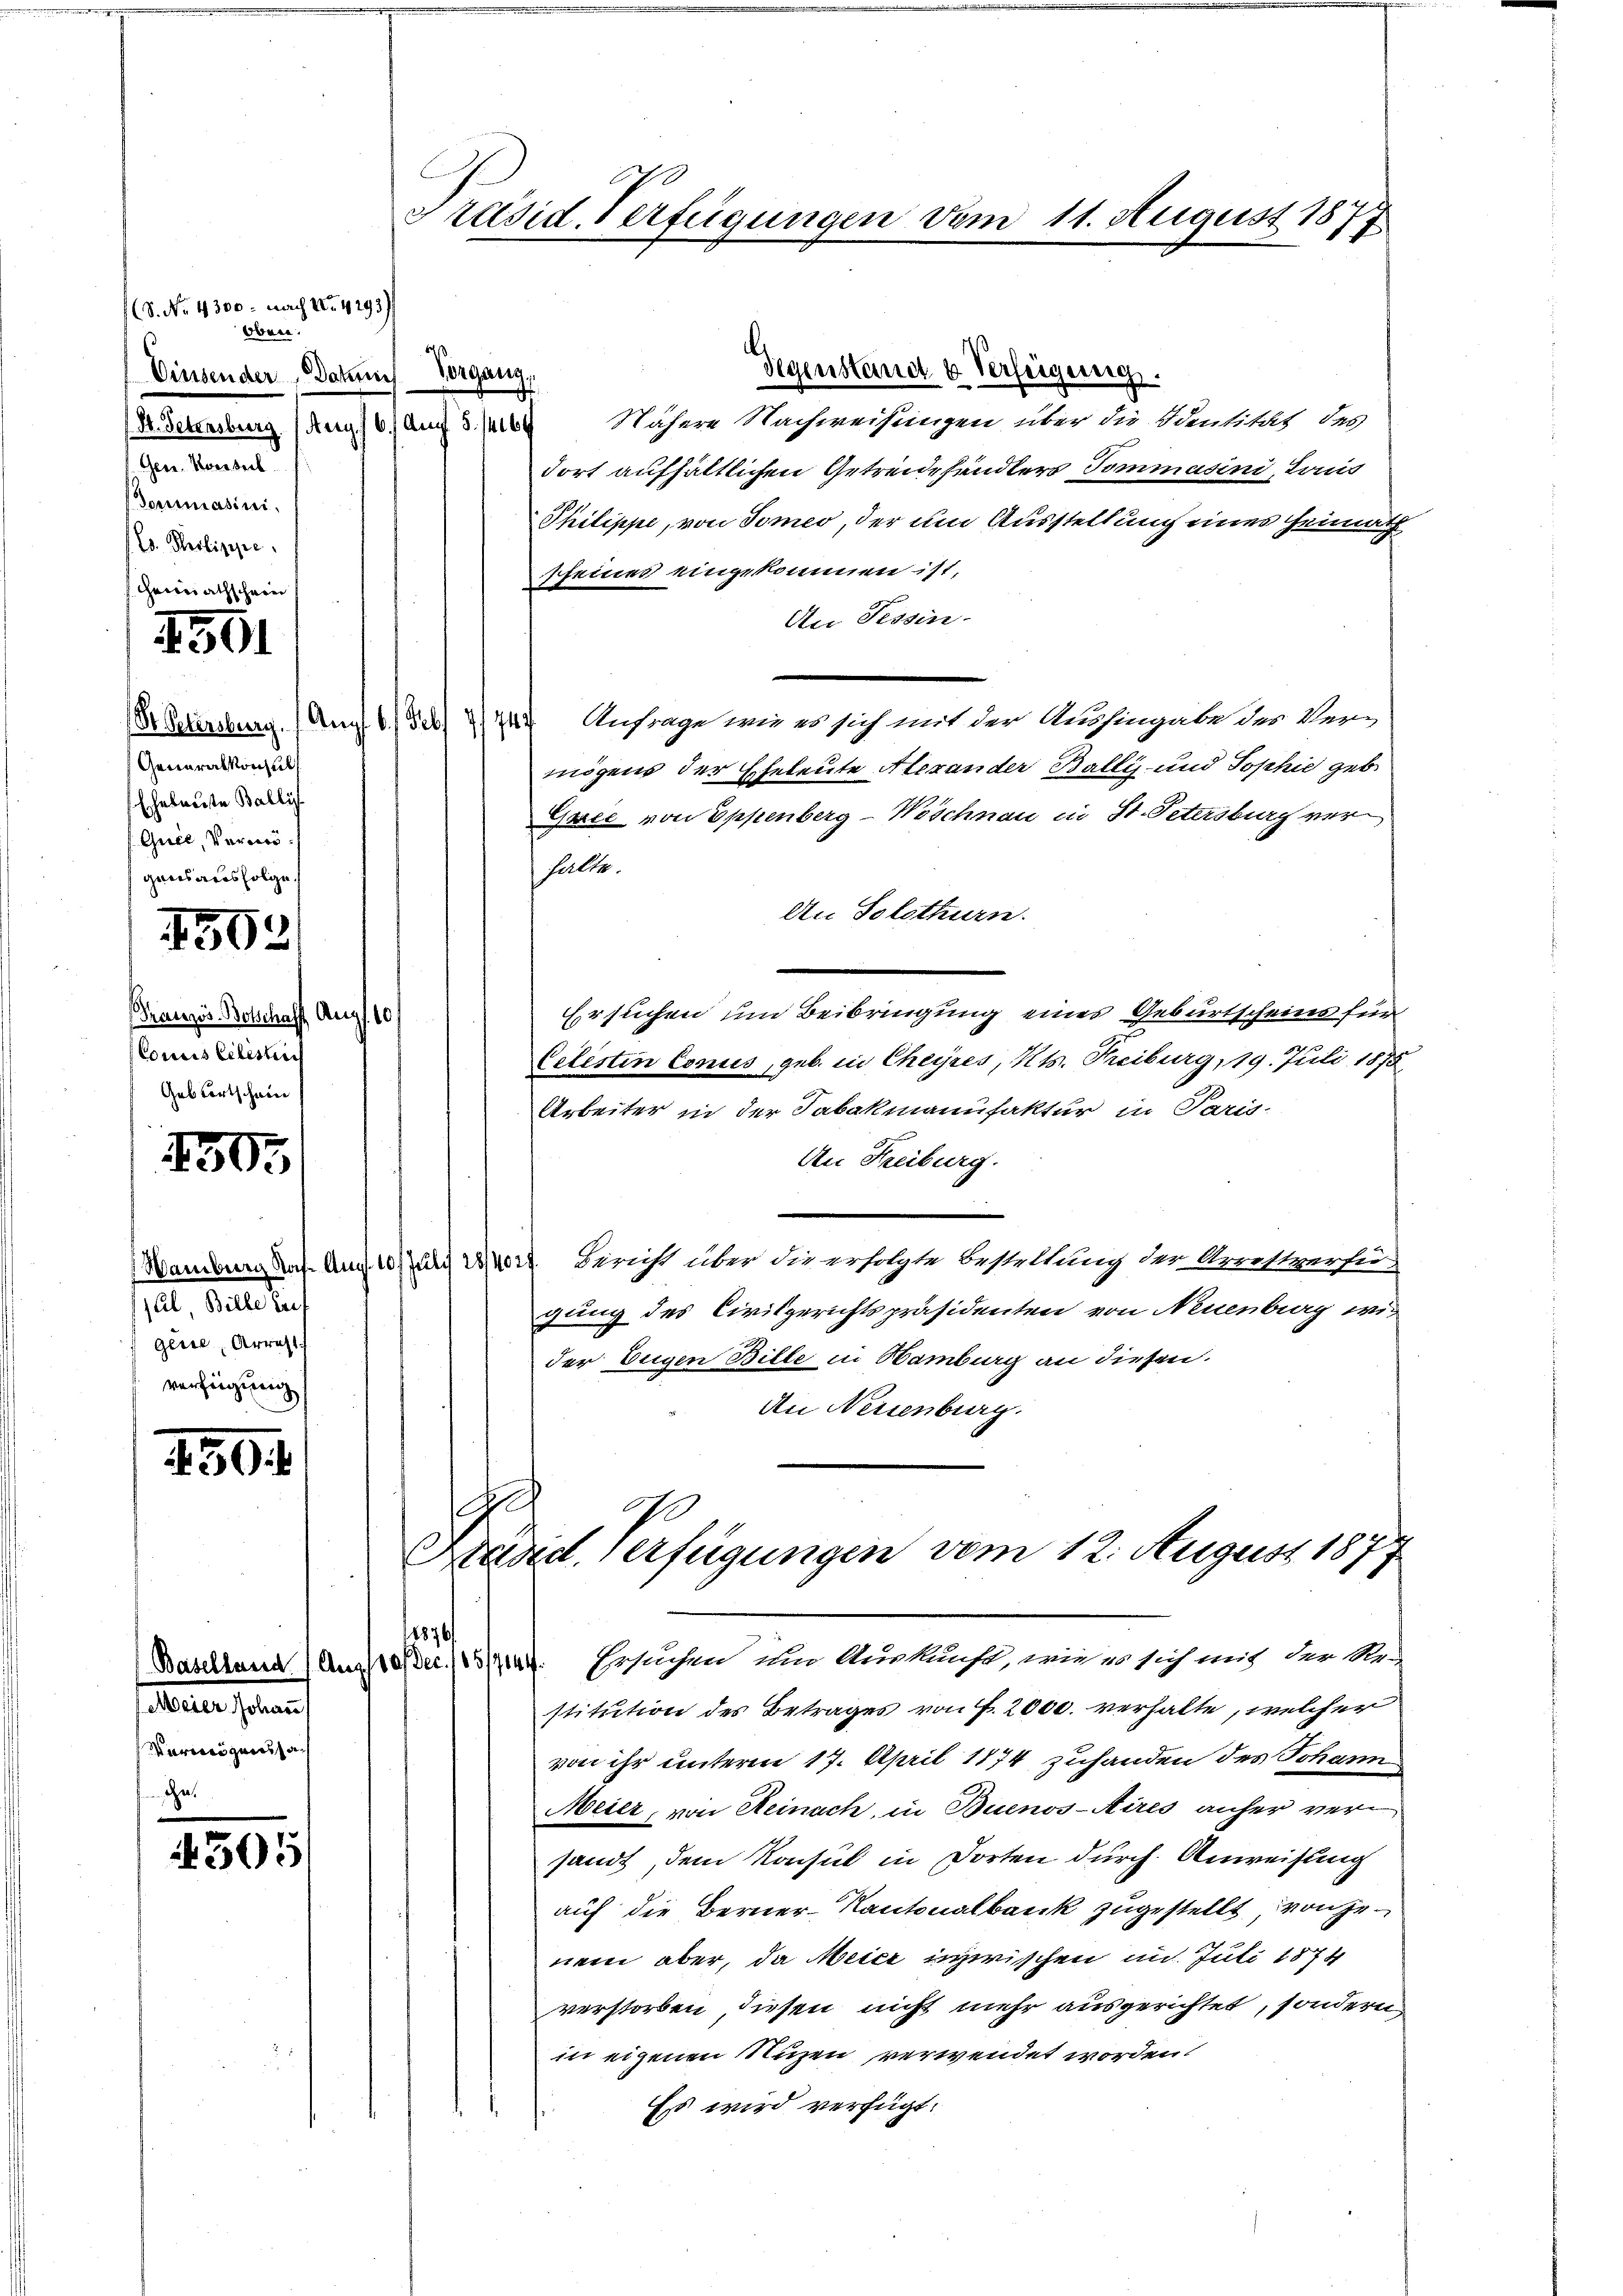
(8. No. 4300 - nach VII. 4293)
Oben.
Diesender Datum
A erwaltung auf of auf dispens
Hern. Keverteil
dermasini.
E. Polizire.
Heimathschein
4501

Pr. Petersburg.
Generalkonsul
Ehebausste Balli
Griée, Vermöganisardsfolge.

4503

Französ. Botschaff Au
Concis lebestrich
Gebfortschein

150.

al Bille Leif
geier, Arrest
verfügung

250.

Meier Johann
Varicognoissa¬

4505

Nähere Nachweisungen über die Identität des
fort aufhältlichen Getreidehändlers Tommasini, Komit
Philippe, von Tomes, der um Ausstellung einer Heimath
scheines eingekommen ist,
An Tessin.
Anfrage wie es sich mit der Aushingabe des Vermögens der Eheleute Alexander Wallis und Sophie geb
Gree von Eppenberg-Weschnau in St. Petersburg verhalte.
An Solothurn.
Ersuchen um Beibringung eines Geburtscheins für
60
Velistin Conus, geb. in Cheyjres, Kts. Freiburg, 19. Juli 1875,
Arbeiter in der Tabakmanufaktur in Paris
An Freiburg.
Wandung das Auf 15 Juli 18402. Bericht über die erfolgte Bestellung der Arrestverfü-
gung des Civilgerichtspräsidenten von Neuenburg wir
der beigen Bille in Hamburg an diesen.
An Neuenburg.
hoh
0
Käsd Verfügungen vom 12. August 187
.
1876

Präsid. Verfügungen vom 11. August 1877

stitution des Betrages von f. 2000. verhalte, welcher
von ihr unterm 17. April 1874 zuhanden des Johann
Meier, von Reinach, in Buenos-Aires anher versandt, dem Konsul in Dorten durch Anweisung
auf die Berner-Kantonalbank zugestellt, von jenem aber, da Meier inzwischen im Juli 1874
verstorben, diesen nicht mehr ausgerichtet, sondern
in eigenen Nuzen verwendet worden.
Es wird verfügt:

Vergang,

Augf 6. Feb 1/7

Gegenstand u. Verfügung.

Baselland (Angste dec. 185/7144. Ersuchen im Auskunft, wird es sich mit der Ur-